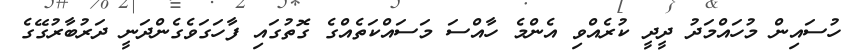
ހުސައިން މުހައްމަދު ދީދީ ކުރެއްވި އެންމެ ހާއްސަ މަސައްކަތެއްގެ ގޮތުގައި ފާހަގަވެގެންދަނީ ދަރުބާރުގޭގެ